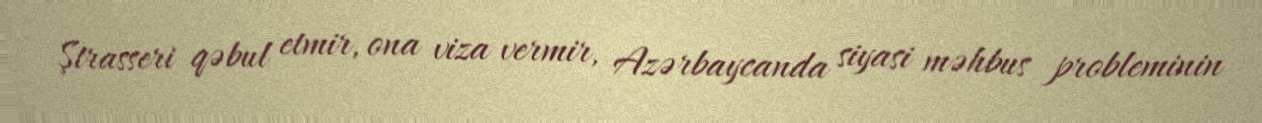
Ştrasseri qəbul etmir, ona viza vermir, Azərbaycanda siyasi məhbus probleminin